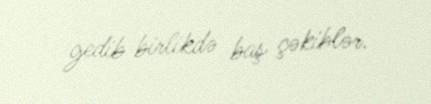
gedib birlikdə baş çəkiblər.